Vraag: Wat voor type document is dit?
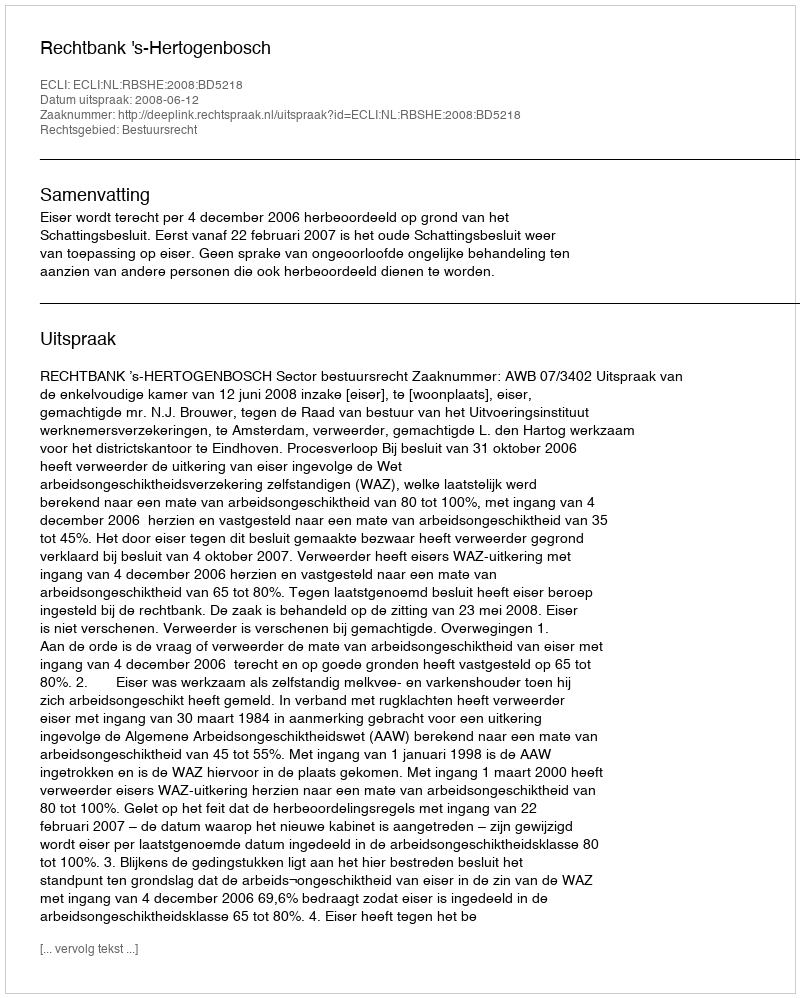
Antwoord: Uitspraak